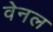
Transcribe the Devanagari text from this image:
वेनल